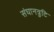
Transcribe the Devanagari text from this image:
संघानत्रुटि